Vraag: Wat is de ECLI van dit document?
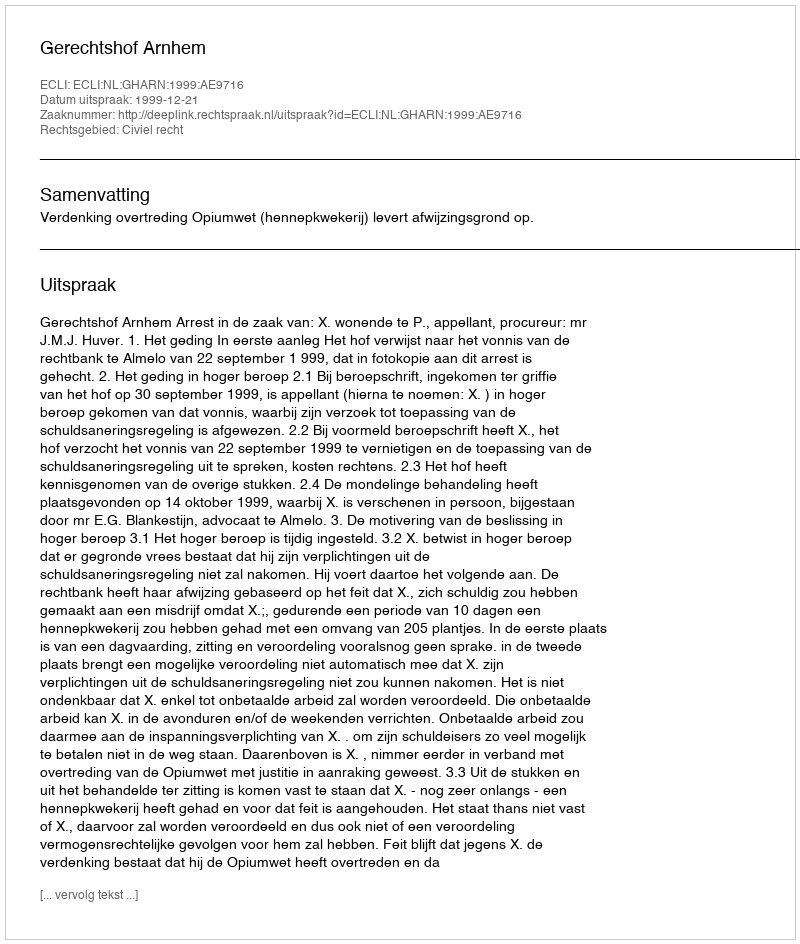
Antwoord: ECLI:NL:GHARN:1999:AE9716